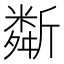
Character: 斴